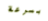
بسرعة